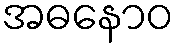
အဓနောဝ